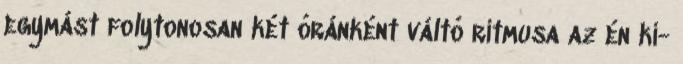
egymást folytonosan két óránként váltó ritmusa az én ki-